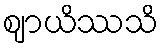
ဈာယိဿသိ